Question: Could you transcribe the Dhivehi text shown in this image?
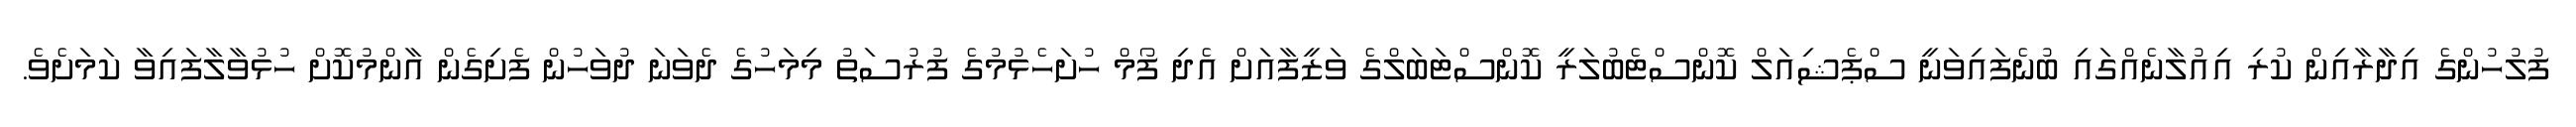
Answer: ފުލުހުންގެ އިދާރާއިން ކުރި އިއުލާނެއްގައި ބުނެފައިވަނީ ސްޕެޝިއަލް ކޮންސްޓެބުލަރީ ކޮންސްޓަބަލްގެ ވަޒީފާއަށް އެދި ފޯމް ހުށަހެޅުމުގެ ފުރުސަތު މިމަހުގެ ދެވަނަ ދުވަހުން ފެށިގެން އާންމުކޮށް ހުޅުވާލާފައިވާ ކަމަށެވެ.